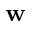
\mathbf { w }